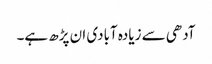
آدھی سے زیادہ آبادی ان پڑھ ہے۔